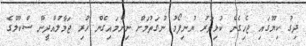
ދިގު ކިޔޫގައި ޖެހިގެން ކުޅިވަރު ޔުނިފޯމު ނުގަތުމަށް ނިންމައިގެން ހުރި ޖަމާލުއްދީން ސްކޫލްގެ